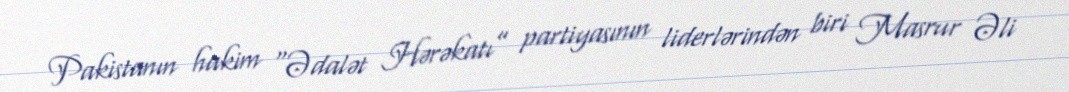
Pakistanın hakim “Ədalət Hərəkatı” partiyasının liderlərindən biri Masrur Əli